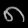
Digit: ၈